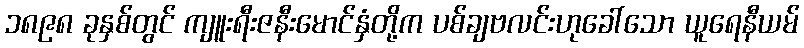
၁၈၉၈ ခုနှစ်တွင် ကျူးရီးဇနီးမောင်နှံတို့က ပစ်ချဗလင်းဟုခေါ်သော ယူရေနီယမ်